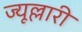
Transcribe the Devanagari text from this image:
ज्यूल्लारी